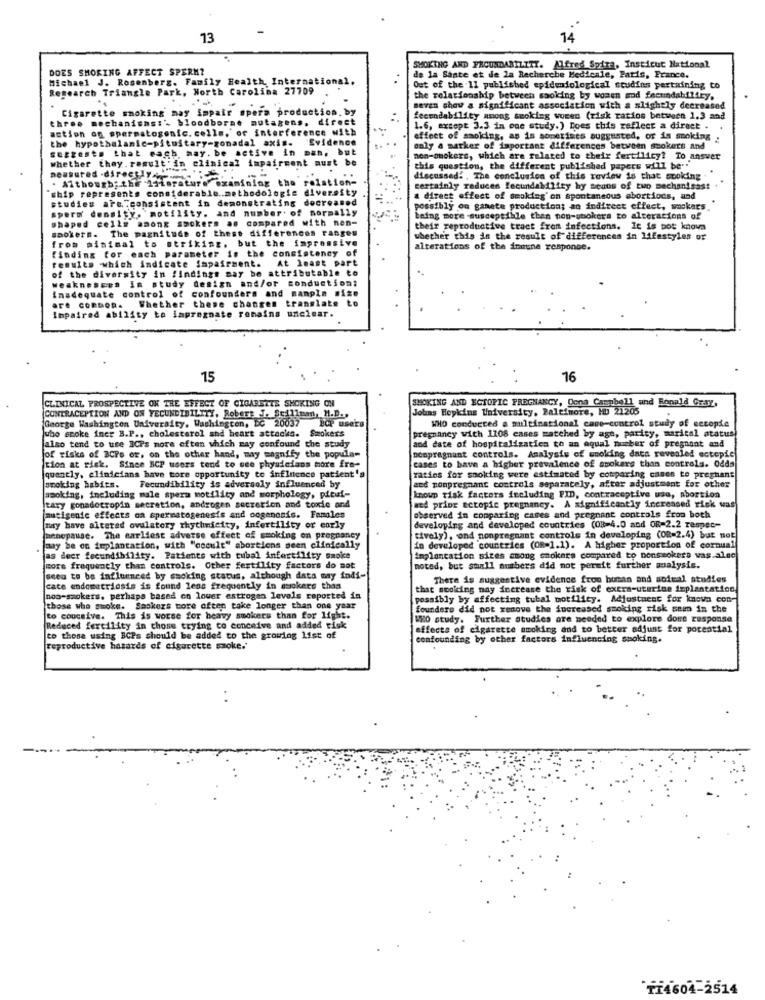
13
14
DOES SMOKING AFFECT SPERM?
SMOKING AND FACUNDABILITY. Alfred Spira, Institut National
Michael J. Rosenberg. Family Health International,
de la Sante et de la Recherche Medicale, Paris, France.
Research Triangle Park, North Carolina 27709
Out of the II published epidemiological studies pertaining to
the relationship between saoking by women mod fecundabiliry.
Cigarette smoking may impair spera production. by
seven shaw a significant association with a slightly decreased
three mechanisms:'s bloodborne mutagens. direct
fecendability among smoking wowed (risk ratios between 1.3 and
action on spermatogenic. colls, of interference with
1.6, except 3.3 in one study.) Does this reflect a direct .
the hypothalamic-pituitary-gonadal axis-
Evidence
effect of smoking, as is sometimes suggested, or in smoking
suggests that each may. be active in man, but
only a marker of important differences between ssokers and
whether they. result' in clinical impairment must be
non-smokers, which are related to their fertilicy? To answer
his question, the different published papers will be."
neusured -directly ......
. Although" the "Iiierature examining the relation-
discussed !. The conclusion of this review is that cooking
ship represents considerable .. methodologie diversity
certainly raduces fecundability hy means of two mechanisast
studies are consistent in demonstrating decreased
direct effect of smoking'on spontaneous abortions, and
sperm density. motility. and number of normally
possibly on ganate production; an indirect effect, sockers.
shaped cells among smokers as compared with non-
ming more -susceptible than non-smokers to alterations of
saokers. The pagnitude of these differences ranges
their reproductive tract from infections. It is pot known
from minimal to striking. but the impressive
whether this is the result of differences in lifestyles or
finding for each parameter is the consistency of
alterations of the inune response.
results which indicate impairment.
At least part
of the diversity in findings may be attributable to
weaknesses in study design and/or
conduction;
Inadequate control of confounders and manpla nize
Whether these changes translate to
are conDon.
Impaired ability to impregnate romains unclear.
15
16
CLINICAL PROSPECTIVE OK THE EFFECT OF CIGARETTE SMOKING OH
Johns Hopkins University, Baltimore, MD 2mos d Honeld Gray,
SMOKING AND ECTOPIC PREGNANCY, Oona Campbel
CONTRACEPTION AND ON YECUNDIBILITY, Robert J. Stillman, M.D.p
George Washington University, Washington, DC 20037
Smokers
LOP users
WHO conducted a multinational came-control study of cecopie
who smoke incr B.P ., cholesterol and heart attacks.
also tend to use BCPs more often which may confound the study
pregnancy with 1208 cases matched by age, parity, marital status
nonpregnant controls. Analysis of unoling data revealed ectopic
and date of hospitalization to an equal number of pregnant and
of risks of BCPs or, on the other hand, may magnify the popula-
cases to bave a higher prevalence of smokers than controls. Odds
tion at risk. Since BCP users tend to see physicians more fre-
quantly, clinicians have tore opportunity to influence patient'a
ratios for smoking were estimated by comparing cases te pregnant
and nonpregnant controls separately, after adjustment for other
smoking habits.
Fecundibility is adversoly influenced by
smoking, including male spera motility and morphology, pituf-
known risk factors including PID, contraceptive use, abortion
ad prior ectopic pregnancy. A significantly increased risk was
tary gonadotropin secretion, androgen secretion and toxic and
(mutigenic effects on spermatogenesis and oogencais. Famoles
observed in comparing cases and pregnant controls from both
may have altered ovulatory rhythmicity, infertility or early
developing and developed countries (08=4.0 and OR=2.2 respec-
menopause. The earliest adverse effect of smoking on pregnancy
tively), ond nonpregnant controls in developing (OR=2.4) but not
may be on implantation, with "occult" abortions sean clinically
in developed countries (OR=1.1). A higher proportion of cornuall
as deer fecundibility. Patients with tubal infertility smoke
implantation sizes among smokers compared to nonsmokers was.alec
more frequently than controls. Other fertility factors do not
noted, but small numbers did not permit further mualysis.
seeu to be influenced by smoking status, although data may indi-
There is suggestive evidence from human and actual studies
cate endometriosis is found lene frequently in smokers than
that smoking may increase the risk of extra-uterine implantation.
non-smokers. perhaps based on louer estrogen levels reported in
possibly by affecting tubal motility. Adjustment for known con-
those who swoke. Smokers tore often take longer than one year
founders did not remove the increased smoking risk sem in the
to conceive. This is worse for heavy smokers than for light.
WHO study. Further studies are needed to explore done response
Reduced fertility in chose trying co conceive and added tisk
affects of cigarette smoking and to better adjust for porential
to those using BCPs should be added to the growing list of
confounding by other factors influencing smoking.
reproductive hazards of cigarette smoke.'
TI4604-2514